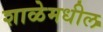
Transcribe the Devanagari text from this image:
शाळेमधील